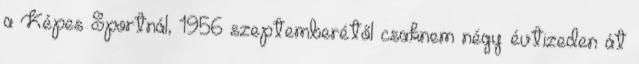
a Képes Sportnál, 1956 szeptemberétől csaknem négy évtizeden át